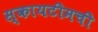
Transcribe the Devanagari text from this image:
स्कायटीमची